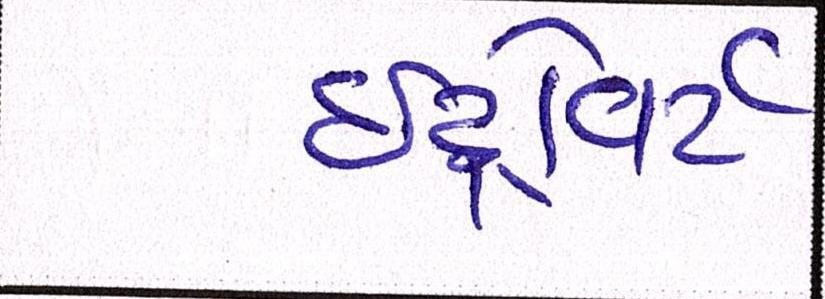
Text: ઇંટ્રોવર્ટ